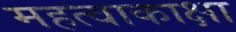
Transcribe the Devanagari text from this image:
महत्वाकाक्षा